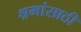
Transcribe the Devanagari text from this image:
श्रमांसाठी